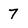
Character: 7